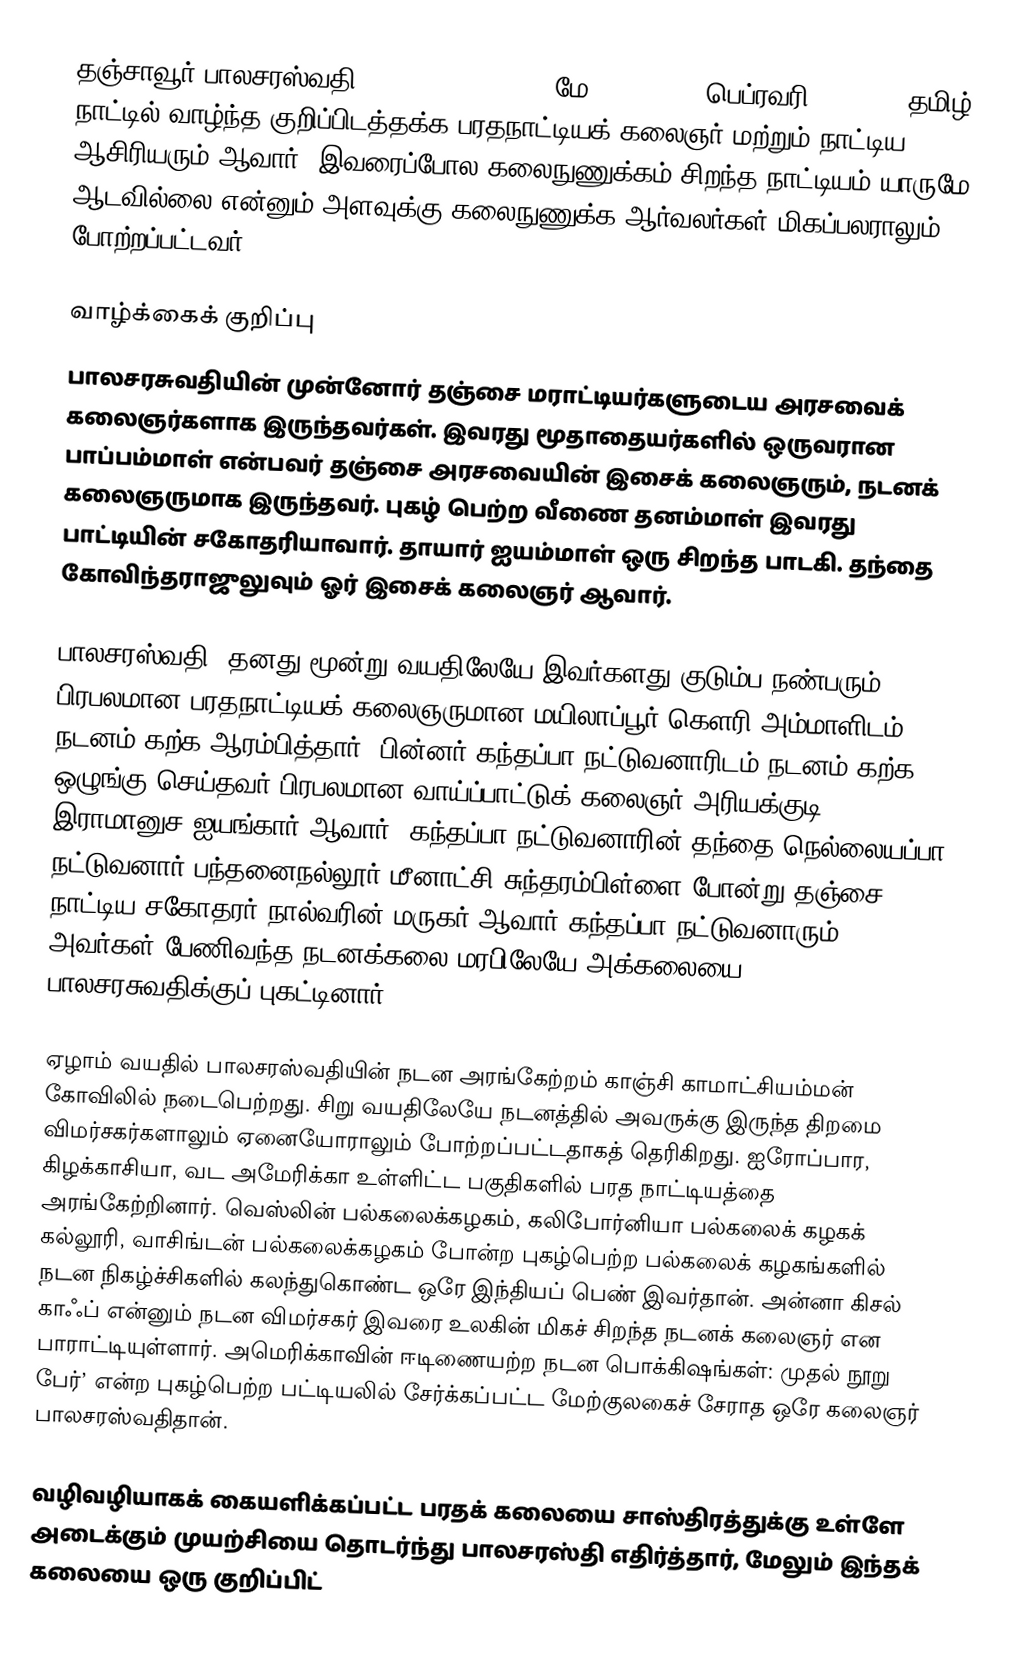
தஞ்சாவூர் பாலசரஸ்வதி (T. Balasaraswati, மே 13, 1918 - பெப்ரவரி 9, 1984) தமிழ் நாட்டில் வாழ்ந்த குறிப்பிடத்தக்க பரதநாட்டியக் கலைஞர் மற்றும் நாட்டிய ஆசிரியரும் ஆவார். இவரைப்போல கலைநுணுக்கம் சிறந்த நாட்டியம் யாருமே ஆடவில்லை என்னும் அளவுக்கு கலைநுணுக்க ஆர்வலர்கள் மிகப்பலராலும் போற்றப்பட்டவர்.

வாழ்க்கைக் குறிப்பு
பாலசரசுவதியின் முன்னோர் தஞ்சை மராட்டியர்களுடைய அரசவைக் கலைஞர்களாக இருந்தவர்கள். இவரது மூதாதையர்களில் ஒருவரான பாப்பம்மாள் என்பவர் தஞ்சை அரசவையின் இசைக் கலைஞரும், நடனக் கலைஞருமாக இருந்தவர். புகழ் பெற்ற வீணை தனம்மாள் இவரது பாட்டியின் சகோதரியாவார். தாயார் ஐயம்மாள் ஒரு சிறந்த பாடகி. தந்தை கோவிந்தராஜுலுவும்  ஓர் இசைக் கலைஞர் ஆவார்.

பாலசரஸ்வதி, தனது மூன்று வயதிலேயே இவர்களது குடும்ப நண்பரும், பிரபலமான பரதநாட்டியக் கலைஞருமான மயிலாப்பூர் கௌரி அம்மாளிடம் நடனம் கற்க ஆரம்பித்தார். பின்னர் கந்தப்பா நட்டுவனாரிடம் நடனம் கற்க ஒழுங்கு செய்தவர் பிரபலமான வாய்ப்பாட்டுக் கலைஞர் அரியக்குடி இராமானுச ஐயங்கார் ஆவார். கந்தப்பா நட்டுவனாரின் தந்தை நெல்லையப்பா நட்டுவனார் பந்தனைநல்லூர் மீனாட்சி சுந்தரம்பிள்ளை போன்று தஞ்சை நாட்டிய சகோதரர் நால்வரின் மருகர் ஆவார்.கந்தப்பா நட்டுவனாரும் அவர்கள் பேணிவந்த நடனக்கலை மரபிலேயே அக்கலையை பாலசரசுவதிக்குப் புகட்டினார்.

ஏழாம் வயதில் பாலசரஸ்வதியின் நடன அரங்கேற்றம் காஞ்சி காமாட்சியம்மன் கோவிலில் நடைபெற்றது. சிறு வயதிலேயே நடனத்தில் அவருக்கு இருந்த திறமை விமர்சகர்களாலும் ஏனையோராலும் போற்றப்பட்டதாகத் தெரிகிறது. ஐரோப்பார, கிழக்காசியா, வட அமேரிக்கா உள்ளிட்ட பகுதிகளில் பரத நாட்டியத்தை அரங்கேற்றினார். வெஸ்லின் பல்கலைக்கழகம், கலிபோர்னியா பல்கலைக் கழகக் கல்லூரி, வாசிங்டன் பல்கலைக்கழகம் போன்ற புகழ்பெற்ற பல்கலைக் கழகங்களில் நடன நிகழ்ச்சிகளில் கலந்துகொண்ட ஒரே இந்தியப் பெண் இவர்தான். அன்னா கிசல் காஃப் என்னும் நடன விமர்சகர் இவரை உலகின் மிகச் சிறந்த நடனக் கலைஞர் என பாராட்டியுள்ளார். அமெரிக்காவின் ஈடிணையற்ற நடன பொக்கிஷங்கள்: முதல் நூறு பேர்’ என்ற புகழ்பெற்ற பட்டியலில் சேர்க்கப்பட்ட மேற்குலகைச் சேராத ஒரே கலைஞர் பாலசரஸ்வதிதான்.

வழிவழியாகக் கையளிக்கப்பட்ட பரதக் கலையை சாஸ்திரத்துக்கு உள்ளே அடைக்கும் முயற்சியை தொடர்ந்து பாலசரஸ்தி எதிர்த்தார், மேலும் இந்தக் கலையை ஒரு குறிப்பிட்